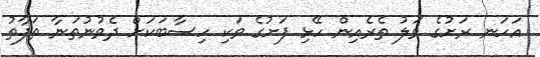
އަހަނ ރަށުގެ ވަލު ތެރެއިން ހޭޅި ފަށުގެ ވަކި ހިސާބަކަށް ދެވުނުތަނާ ތަފާތު